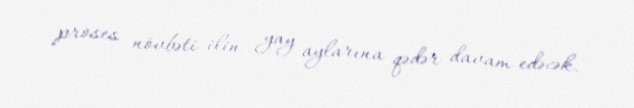
proses növbəti ilin yay aylarına qədər davam edəcək.